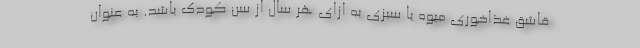
قاشق غذاخوری میوه یا سبزی به ازای هر سال از سن کودک باشد. به عنوان